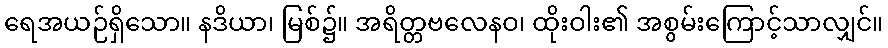
ရေအယဉ်ရှိသော။ နဒိယာ၊ မြစ်၌။ အရိတ္တဗလေနဝ၊ ထိုးဝါး၏ အစွမ်းကြောင့်သာလျှင်။